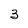
Character: 3